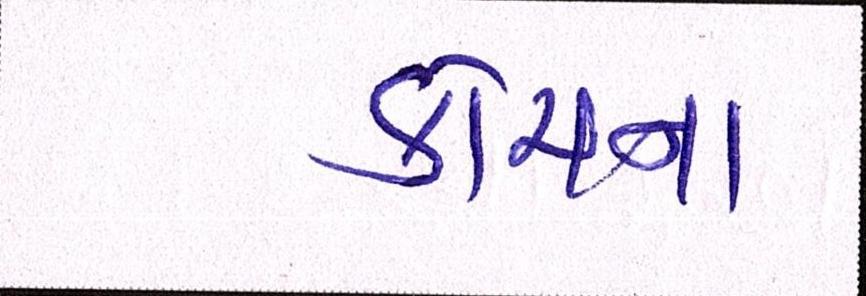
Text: કોચના